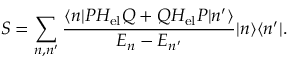
S = \sum _ { n , n ^ { \prime } } \frac { \langle n | P H _ { \mathrm { e l } } Q + Q H _ { \mathrm { e l } } P | n ^ { \prime } \rangle } { E _ { n } - E _ { n ^ { \prime } } } | n \rangle \langle n ^ { \prime } | .